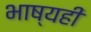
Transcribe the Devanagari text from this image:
भाष्यही